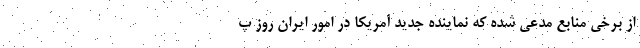
از برخی منابع مدعی شده که نماینده جدید آمریکا در امور ایران روز پ